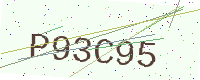
Text: P93C95